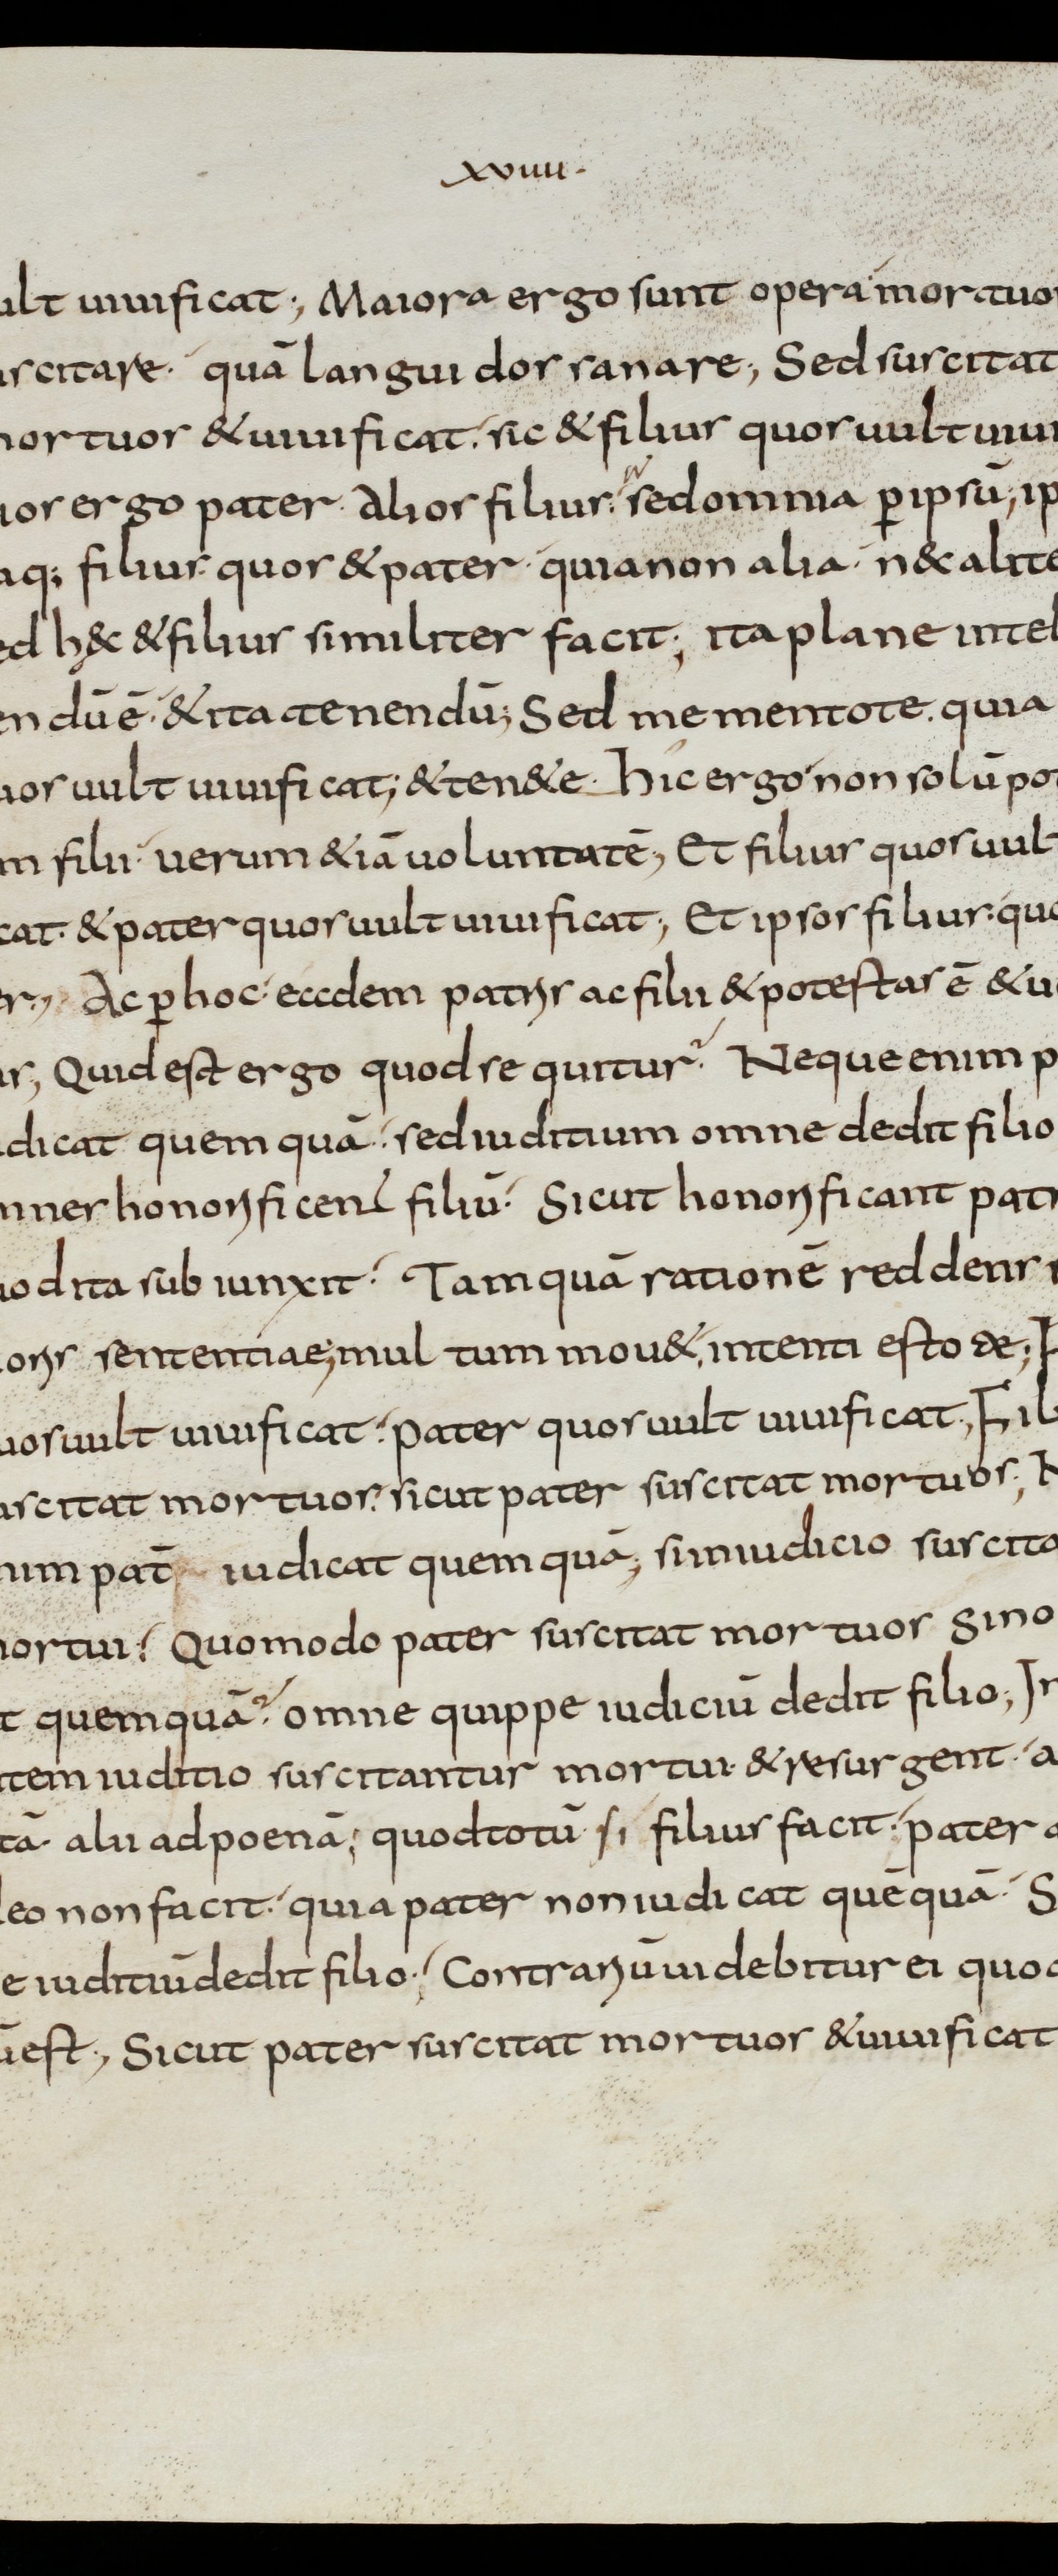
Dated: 800–899